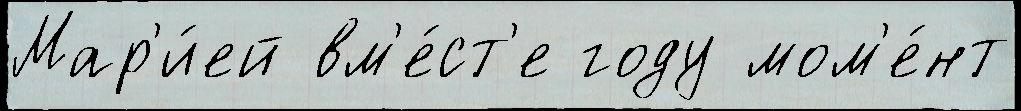
Мар'и́ей вм'е́ст'е году мом'е́нт